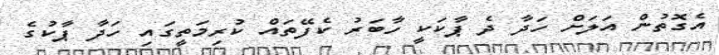
އެގޮތުން އަލަށް ހަދާ ދެ ޕާކަކީ ހާބަރު ކެފޭތައް ކުރިމަތީގައި ހަދާ ޕާކުގެ